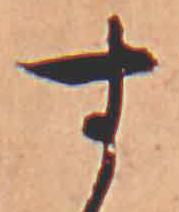
す